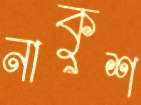
নাকুশ